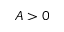
A > 0